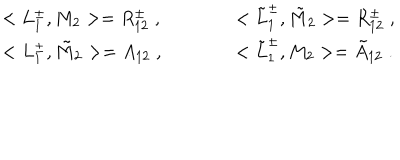
\begin{array} { l l } { { < L _ { 1 } ^ { \pm } , M _ { 2 } > = R _ { 1 2 } ^ { \pm } \; , \quad } } & { { \qquad < \tilde { L } _ { 1 } ^ { \pm } , \tilde { M } _ { 2 } > = R _ { 1 2 } ^ { \pm } \; , } } \\ { { < L _ { 1 } ^ { \pm } , \tilde { M } _ { 2 } > = A _ { 1 2 } \; , \quad } } & { { \qquad < \tilde { L } _ { 1 } ^ { \pm } , M _ { 2 } > = \tilde { A } _ { 1 2 } \; . } } \\ \end{array}